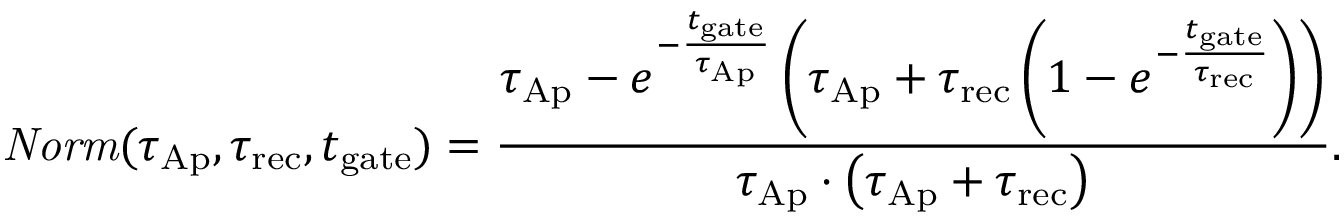
\mathit { N o r m } ( \tau _ { \mathrm { A p } } , \tau _ { \mathrm { r e c } } , t _ { \mathrm { g a t e } } ) = \frac { \tau _ { \mathrm { A p } } - e ^ { - \frac { t _ { \mathrm { g a t e } } } { \tau _ { \mathrm { A p } } } } \left( \tau _ { \mathrm { A p } } + \tau _ { \mathrm { r e c } } \left( 1 - e ^ { - \frac { t _ { \mathrm { g a t e } } } { \tau _ { \mathrm { r e c } } } } \right) \right) } { \tau _ { \mathrm { A p } } \cdot \left( \tau _ { \mathrm { A p } } + \tau _ { \mathrm { r e c } } \right) } .